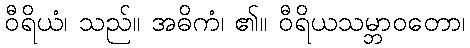
ဝီရိယံ၊ သည်။ အဓိကံ၊ ၏။ ဝီရိယသမ္ဘာဝတော၊